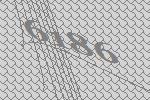
6186